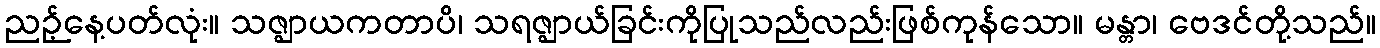
ညဉ့်နေ့ပတ်လုံး။ သဇ္ဈာယကတာပိ၊ သရဇ္ဈာယ်ခြင်းကိုပြုသည်လည်းဖြစ်ကုန်သော။ မန္တာ၊ ဗေဒင်တို့သည်။